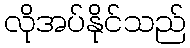
လိုအပ်နိုင်သည်